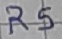
Text: R5